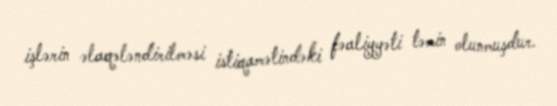
işlərin əlaqələndirilməsi istiqamətindəki fəaliyyəti təmin olunmuşdur.